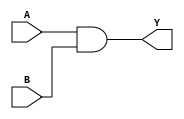
module AND2X2 (A, B, Y);
input  A ;
input  B ;
output Y ;

   and (Y, A, B);

   specify
     // delay parameters
     specparam
       tpllh$A$Y = 0.17:0.17:0.17,
       tphhl$A$Y = 0.2:0.2:0.2,
       tpllh$B$Y = 0.17:0.17:0.17,
       tphhl$B$Y = 0.21:0.21:0.21;

     // path delays
     (A *> Y) = (tpllh$A$Y, tphhl$A$Y);
     (B *> Y) = (tpllh$B$Y, tphhl$B$Y);

   endspecify

endmodule